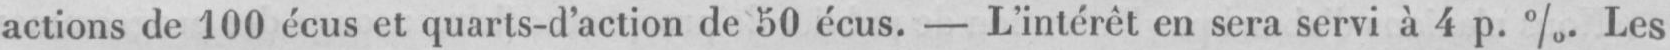
actions de 100 écus et quarts-d’action de 50 écus. - L’intérêt en sera servi à 4 p. %. Les